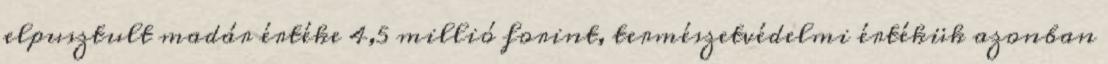
elpusztult madár értéke 4,5 millió forint, természetvédelmi értékük azonban